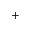
+